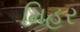
મિહર